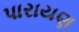
પારાયણ